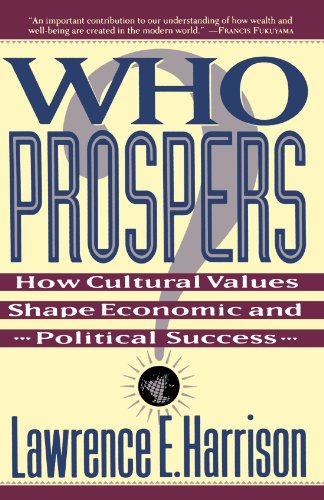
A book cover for Who Prospers: How Cultural Values Shape Economic And Political Success; Lawrence E. Harrison; Medical Books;